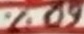
Text: 60%